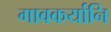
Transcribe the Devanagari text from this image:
गावकर्यानि